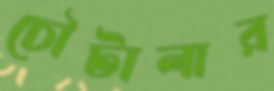
চৌটালার